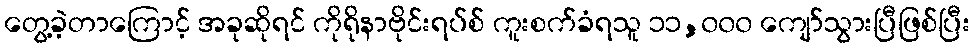
တွေ့ခဲ့တာကြောင့် အခုဆိုရင် ကိုရိုနာဗိုင်းရပ်စ် ကူးစက်ခံရသူ ၁၁,၀၀၀ ကျော်သွားပြီဖြစ်ပြီး